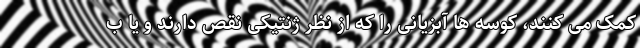
کمک می کنند، کوسه ها آبزیانی را که از نظر ژنتیکی نقص دارند و یا ب